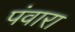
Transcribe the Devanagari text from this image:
पंवारा